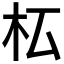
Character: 𣏇